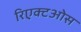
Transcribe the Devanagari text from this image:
रिएक्टओस